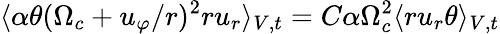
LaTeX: \langle\alpha\theta(\Omega_{c}+u_{\varphi}/r)^{2}ru_{r}\rangle_{V,t}=C\alpha\Omega_{c}^{2}\langle ru_{r}\theta\rangle_{V,t}